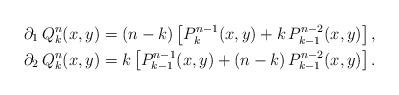
LaTeX: \begin{align*}\partial_1 \, Q_k^n(x,y) & = (n-k) \left[P_k^{n-1}(x,y) + k\, P_{k-1}^{n-2}(x,y)\right], \\\partial_2 \, Q_k^n(x,y) & = k \left[P_{k-1}^{n-1}(x,y) + (n-k) \,P_{k-1}^{n-2}(x,y)\right].\end{align*}